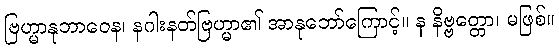
ဗြဟ္မာနုဘာဝေန၊ နဂါးနတ်ဗြဟ္မာ၏ အာနုဘော်ကြောင့်။ န နိဗ္ဗတ္တော၊ မဖြစ်။